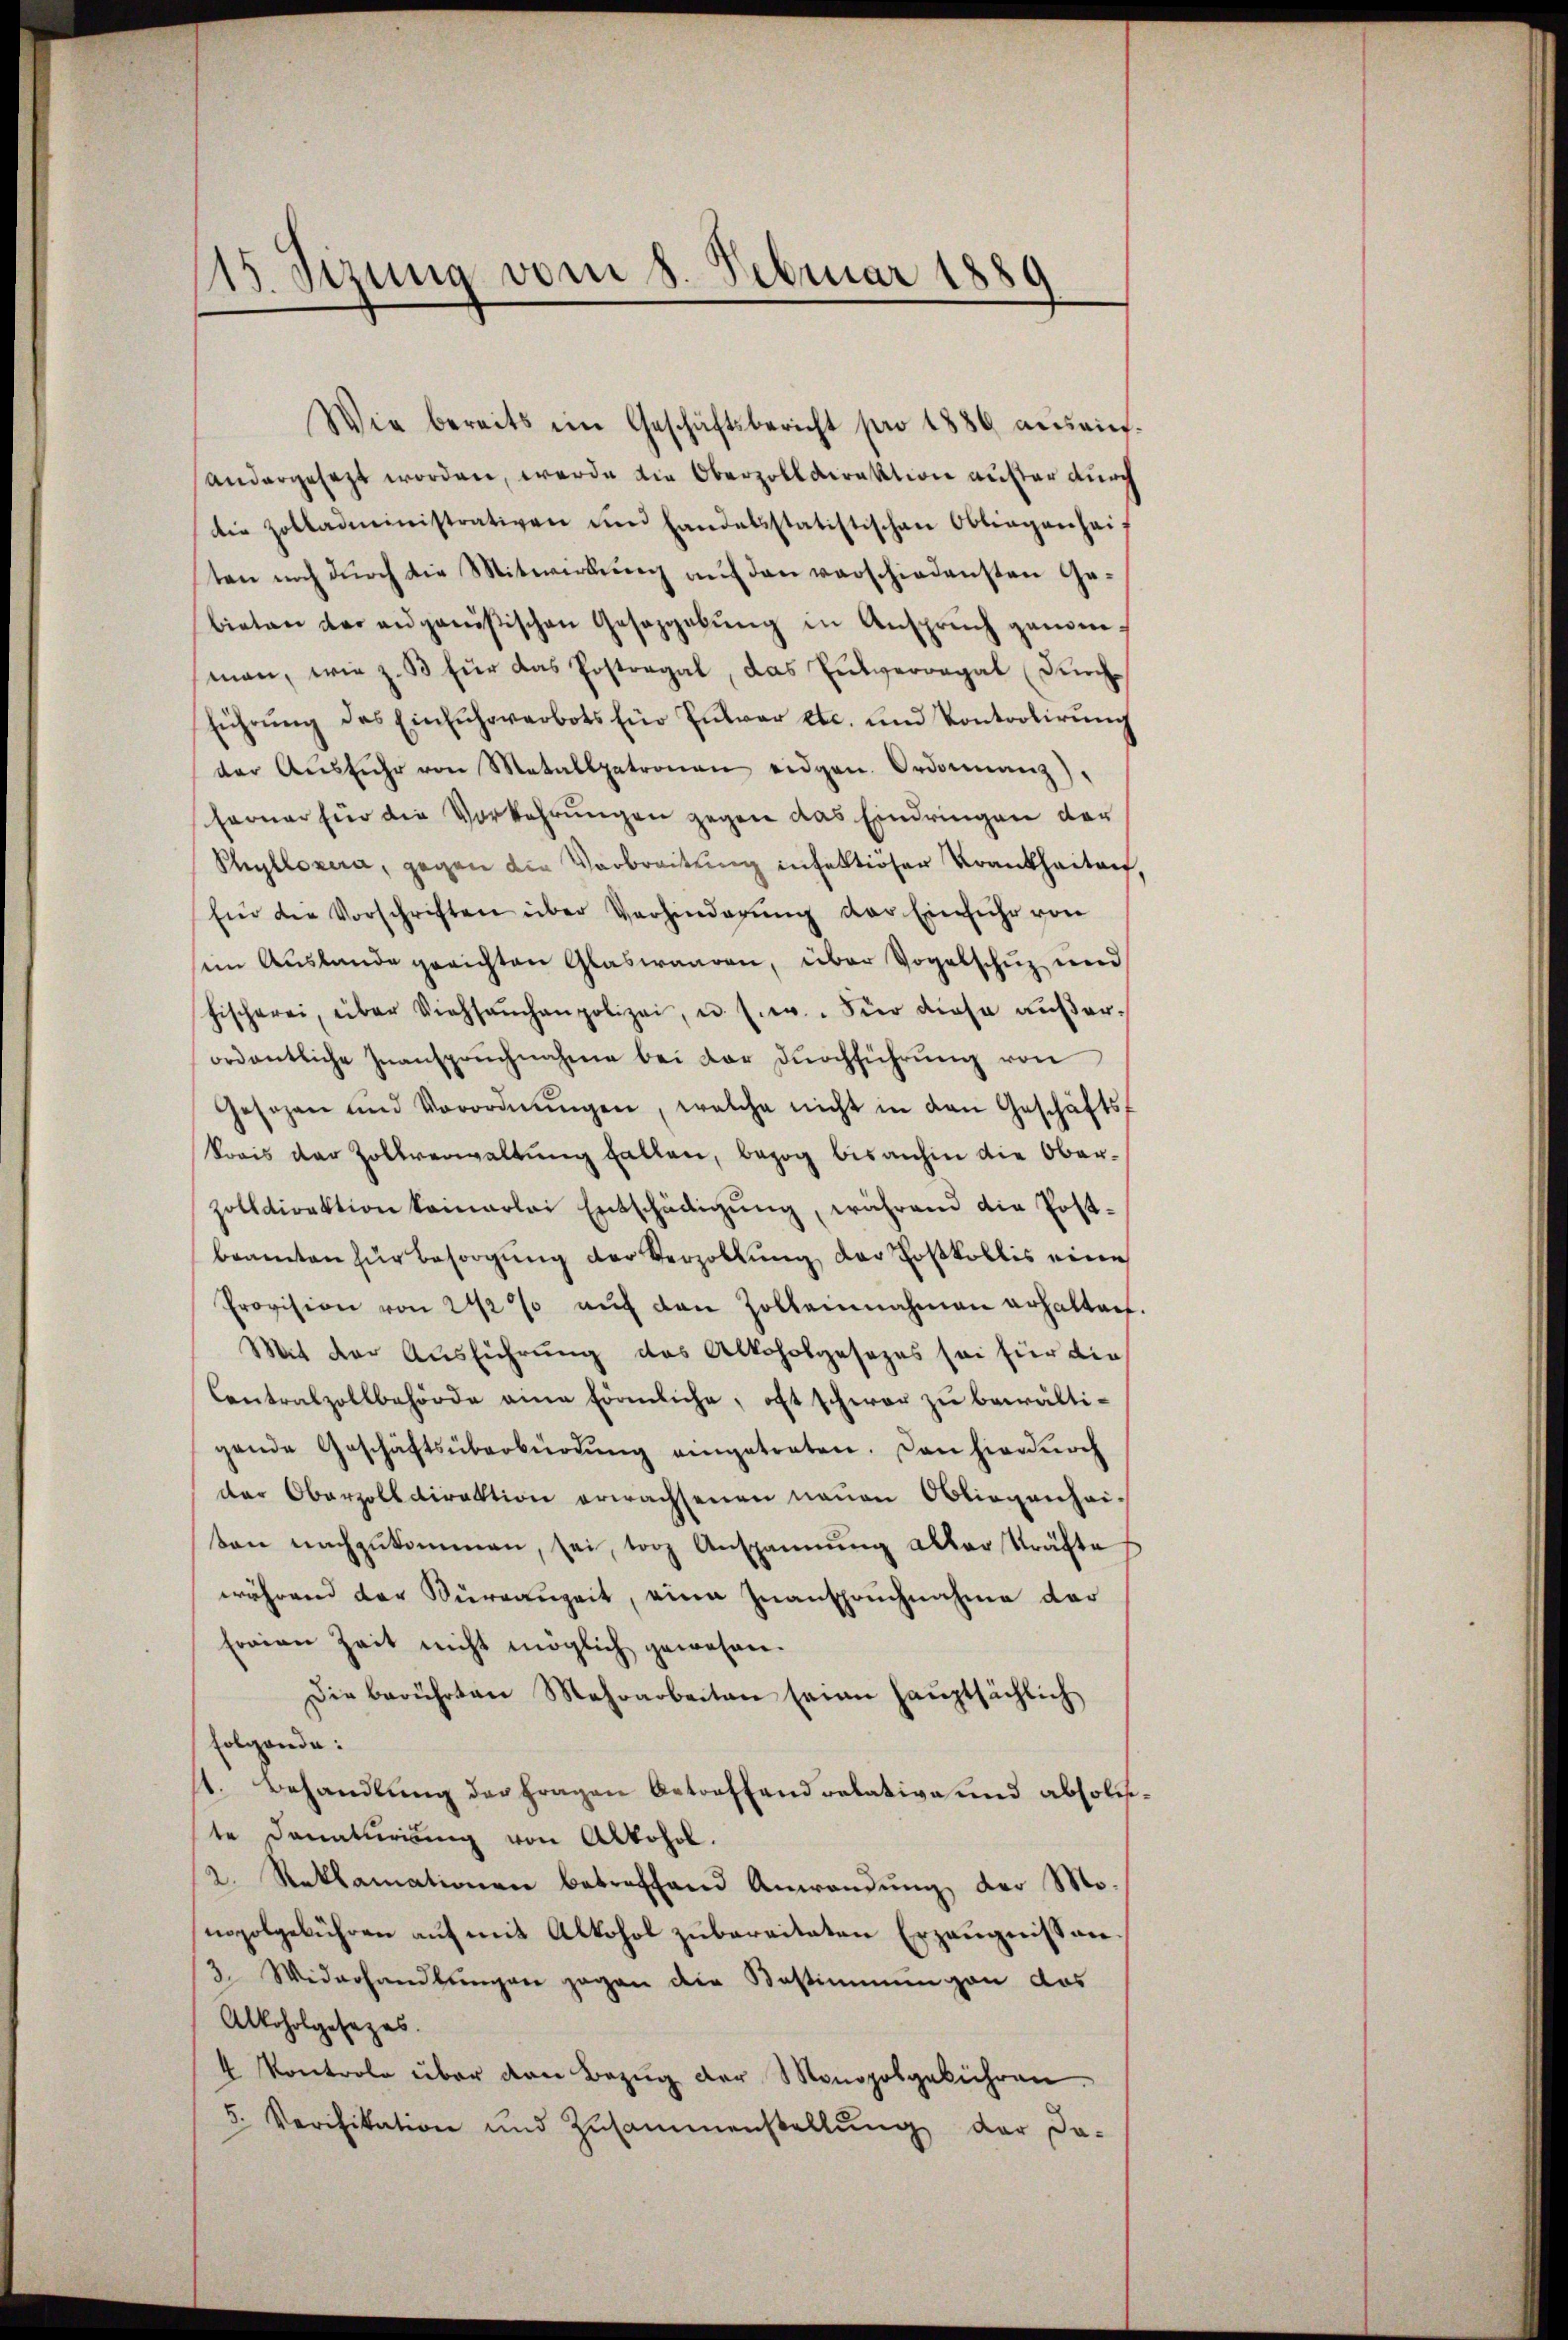
115. Sizung vom 8. Februar 1880

Wie bereits im Geschäftsbericht pro 1886 aŭs einandergesezt worden, werde die Oberzolldirektion außer durch
die Zolladministrativen und handelsstatistischen Obliegenhaif
ten noch durch die Mitwirkung auf den verschiedensten Gebieten der angenößischen Gesaggebŭng in Ansprŭch genomman, wie z. B. für das Postregal, das Entwerregal (durchführŭng des Einfuhrverbots für Entwar etc. und Kontrolirŭng
der Aŭsführ von Metallgetronen eidgen. Ordonnanz)
ferner für die Vorkehrungen gegen das Eindringen der
Phyllozera, gegen die Verbreitung infektioser Krankheiten,
Ein die Vorschriften über Verhinderŭng der Einfuhr von
sen Auslande gerichten Glaswaaren, über Vogelschuz und
fischerei, über Viehsamhanpolizei, u. s. w. Für diese aŭβer-
ordentliche Inanspruchnahme bei der Dŭrchführŭng von
Gesagen und Verordnŭngen, welche nicht in den Geschäftsf
krais der Zollverwaltŭng fallen, bezog bisanhin die Ober-
zolldirektion keinerlei Entschädigŭng, während die Post-
beamten für Besorgŭng der Verzollŭng der Postkollis eine
Provision von 2 1/2 % aŭf den Zollennahmen erhalten.
Mit der Ausführung des Alkoholgesezes sei für die
Contralzollbehörde eine förmliche, oft schwer zu bewältigende Geschäftsüberbürdŭng eingetreten. Dan hierdurch
der Oberzolldirektion erwachsenen neuen Obliegenhei-
ton nachzukommen, sei, torz Anspannung aller Kräfte
während der Büreauzeit, eine Inanspruchnahme der
freien Zeit nicht möglich gewesen.
Die berührten Mehrarbeiten seine Haŭptsächlich
folgende:
st. Behandlung der Fragen Betreffend relative und absoliste Donaturiung von Alkohol.
2. Reklamationen betreffend Anwendŭng der Mo-
nopolgebühren auf mit Alkohol zubereiteten Erzeugnissen.
3. Widerhandlungen gegen die Bestimmungen das
Alkoholgesezes.
4 Kontrole über den Bezŭg der Monopolgebühren.
5. Verifikation und Zusammenstellŭng der da-